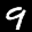
Label: 9